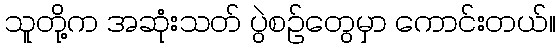
သူတို့က အဆုံးသတ် ပွဲစဉ်တွေမှာ ကောင်းတယ်။